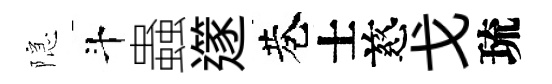
隠斗蟲𨗹巷士慈戈琉